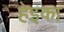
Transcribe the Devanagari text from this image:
हेइका